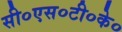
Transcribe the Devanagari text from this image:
सी०एस०टी०के०